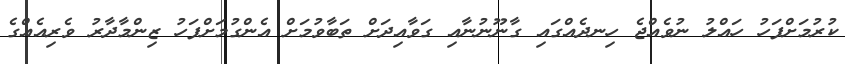
ކުރުމަށްފަހު ހައްލު ނުވެއްޖެ ހިނދެއްގައި ގާނޫނުނާއި ގަވާއިދަށް ތަބާވުމަށް އެންގުމަށްފަހު ޒިންމާދާރު ވެރިއެއްގެ